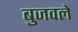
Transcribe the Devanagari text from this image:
बुजवले